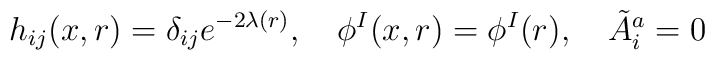
h_{ij}(x,r) = \delta_{ij} e^{-2 \lambda(r)}, \hspace{1em} \phi^I(x,r)= \phi^I (r), \hspace{1em} \tilde{A}^{a}_{i}=0